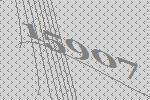
15907